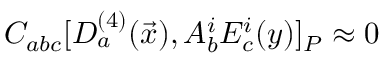
{ \cal C } _ { a b c } [ D _ { a } ^ { ( 4 ) } ( \vec { x } ) , A _ { b } ^ { i } E _ { c } ^ { i } ( y ) ] _ { P } \approx 0